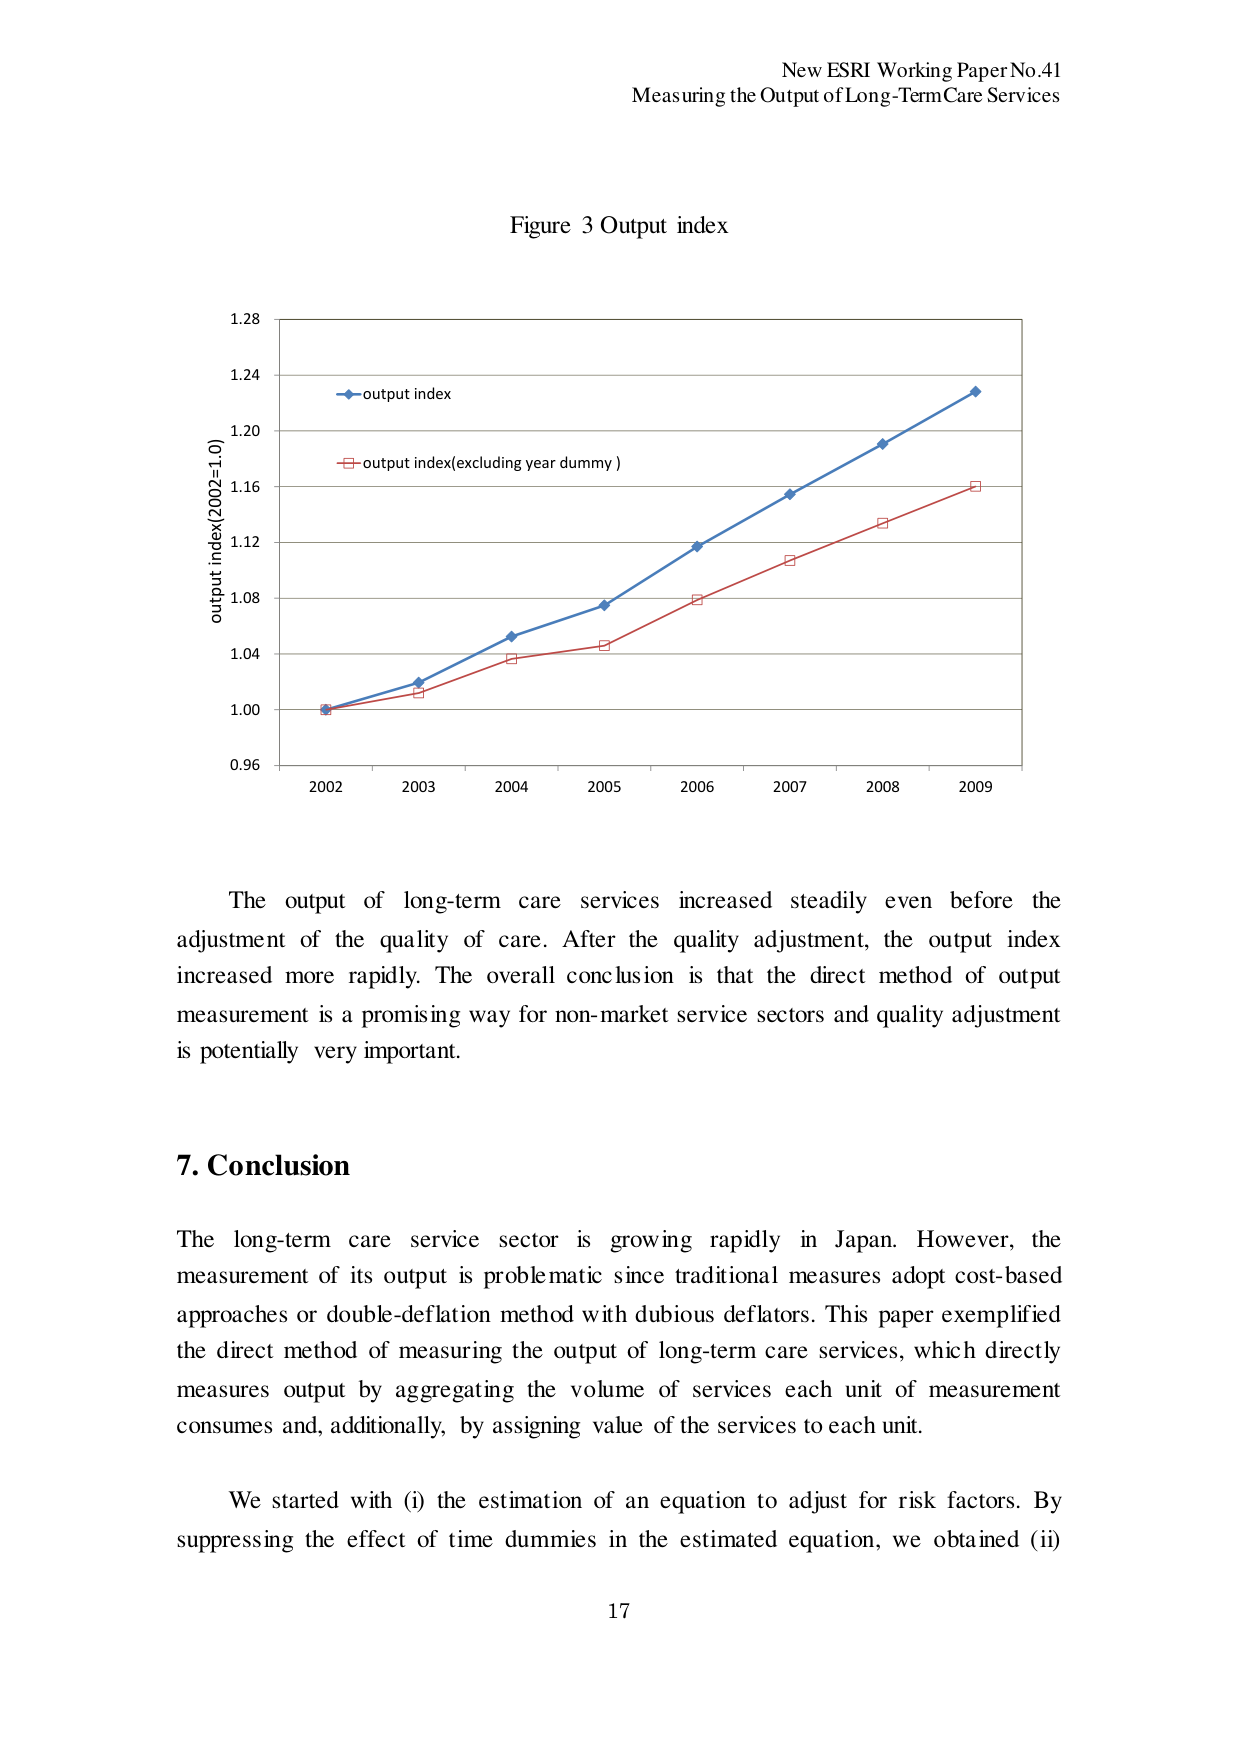
New ESRI Working Paper No.41
Measuring the Output of Long-Term Care Services

Figure 3 Output index

output index(2002=1.0)
1.28
1.24
1.20
1.16
1.12
1.08
1.04
1.00
0.96

2002  2003  2004  2005  2006  2007  2008  2009

→ output index
→ output index(excluding year dummy)

The output of long-term care services increased steadily even before the adjustment of the quality of care. After the quality adjustment, the output index increased more rapidly. The overall conclusion is that the direct method of output measurement is a promising way for non-market service sectors and quality adjustment is potentially very important.

7. Conclusion

The long-term care service sector is growing rapidly in Japan. However, the measurement of its output is problematic since traditional measures adopt cost-based approaches or double-deflation method with dubious deflators. This paper exemplified the direct method of measuring the output of long-term care services, which directly measures output by aggregating the volume of services each unit of measurement consumes and, additionally, by assigning value of the services to each unit.

We started with (i) the estimation of an equation to adjust for risk factors. By suppressing the effect of time dummies in the estimated equation, we obtained (ii)

17